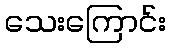
သေးကြောင်း